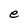
Character: e